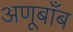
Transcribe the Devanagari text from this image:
अणूबाँब